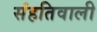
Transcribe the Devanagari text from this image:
संहतिवाली